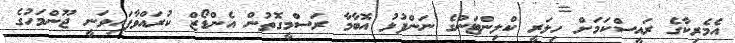
އެމެރިކާގެ ރައީސްކަމަށް ހިލަރީ ކްލިންޓަންގެ ނަންފުޅު އޮބާމާ ރަސްމީގޮތުން އެންޑޯޒް ކުރައްވާފައިވަނީ ޖޫންމަހުގެ